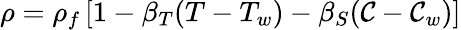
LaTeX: \rho=\rho_{f}\left[1-\beta_{T}(T-T_{w})-\beta_{S}(\mathcal{C}-\mathcal{C}_{w})\right]